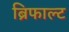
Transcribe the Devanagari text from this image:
ब्रिफाल्ट